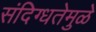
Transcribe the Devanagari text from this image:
संदिग्धतेमुळे